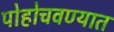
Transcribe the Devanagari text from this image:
पोहोचवण्यात